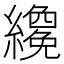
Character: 𬘇